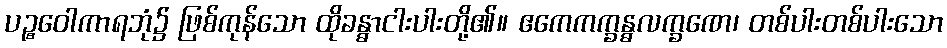
ပဉ္စဝေါကာရဘုံ၌ ဖြစ်ကုန်သော ထိုခန္ဓာငါးပါးတို့၏။ ဧကေကက္ခန္ဓလက္ခဏေ၊ တစ်ပါးတစ်ပါးသော